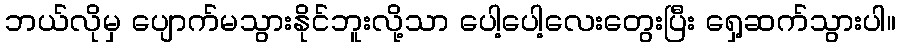
ဘယ်လိုမှ ပျောက်မသွားနိုင်ဘူးလို့သာ ပေါ့ပေါ့လေးတွေးပြီး ရှေ့ဆက်သွားပါ။